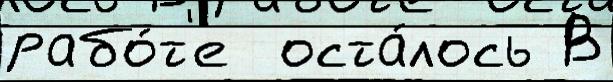
рабо́т'е  оста́лось В